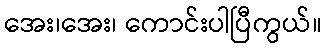
အေး၊အေး၊ ကောင်းပါပြီကွယ်။